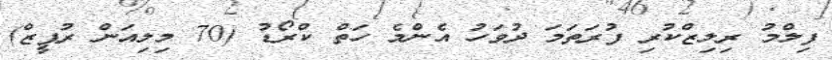
ފިލްމު ރިލިޒްކުރި ފުރަތަމަ ދުވަހު އެންމެ ހަތް ކްރޯޑު (70 މިލިއަން ރުޕީޒް)